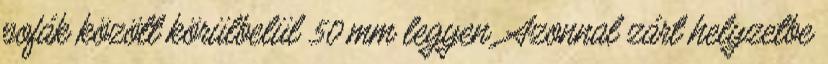
pofák között körülbelül 50 mm legyen. Azonnal zárt helyzetbe